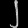
Digit: ၂